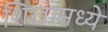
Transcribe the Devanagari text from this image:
शिखामध्ये